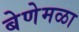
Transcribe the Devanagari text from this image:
बेणेमळा